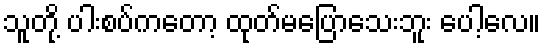
သူတို့ ပါးစပ်ကတော့ ထုတ်မပြောသေးဘူး ပေါ့လေ။